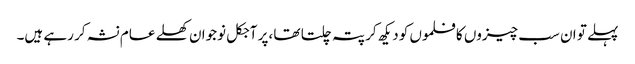
پہلے تو ان سب چیزوں کا فلموں کو دیکھ کر پتہ چلتا تھا ،پر آجکل نوجوان کھلے عام نشہ کر رہے ہیں۔